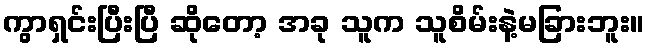
ကွာရှင်းပြီးပြီ ဆိုတော့ အခု သူက သူစိမ်းနဲ့မခြားဘူး။